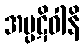
အပ္ပဋိဝါနိ